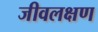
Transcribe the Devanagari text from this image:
जीवलक्षण